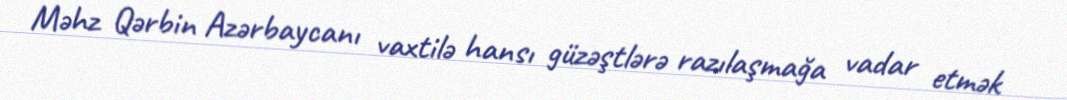
Məhz Qərbin Azərbaycanı vaxtilə hansı güzəştlərə razılaşmağa vadar etmək